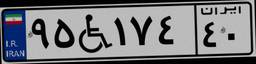
۹۵W۱۷۴۴۰